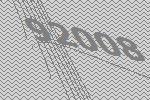
92008